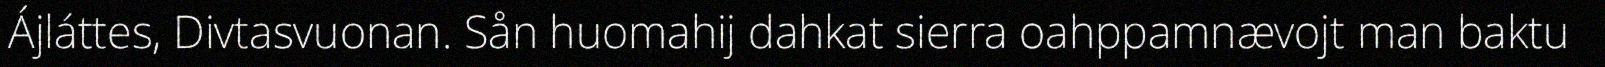
Ájláttes, Divtasvuonan. Sån huomahij dahkat sierra oahppamnævojt man baktu